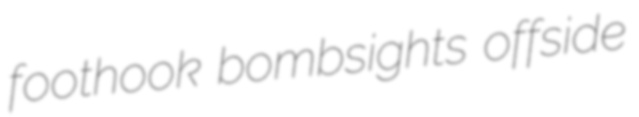
foothook bombsights offside